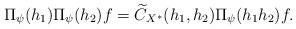
LaTeX: \begin{align*} \Pi_{\psi}(h_1)\Pi_{\psi}(h_2) f=\widetilde{C}_{X^{\ast}}( h_1,h_2)\Pi_{\psi}(h_1h_2) f. \end{align*}